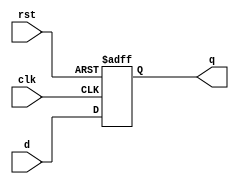
//
// Copyright 1991-2015 Mentor Graphics Corporation
//
// All Rights Reserved.
//
// THIS WORK CONTAINS TRADE SECRET AND PROPRIETARY INFORMATION WHICH IS THE PROPERTY OF 
// MENTOR GRAPHICS CORPORATION OR ITS LICENSORS AND IS SUBJECT TO LICENSE TERMS.
//   

// D flipflop with positive edge clock and
// high asynchronous reset

module dff (d, rst, clk, q);

  input d;
  input rst;
  input clk;
  output q;
  reg q;

  // events of interest are when either the clock or reset pin
  // go high
  
  always @(posedge clk or posedge rst)
  begin

     // handle asynchronous reset -- reset when rst is high
  
    if (rst)
      q = 1'b0;
      
    // handle clock edge  
      
    else
      q = d;
  end
endmodule

// 2 to 1 mux

module mux (a, b, sel, y);

  // input declarations
  
  input a;
  input b;
  input sel;
  
  // output declarations
  
  output y;
  
  assign y = sel ? b : a;
  
endmodule


// Binary counter structural example using the dff above
// plus standard gate primitives

module cntr_struct (d, ld, rst, clk, q);

  // input declarations

  input ld;
  input rst;
  input clk;
  input [3:0] d;
  
  // output declarations
  
  output [3:0] q;
  
  // wires
  
  wire  d0int;
  wire  d1int;
  wire  d2int;
  wire  d3int;
  wire  q0n;
  wire  q2n;
  wire  p1;
  wire  p2;
  wire  p3;
  wire  p4;
  wire  p5;
  wire  p6;
  wire  p7;
  wire  sel0;
  wire  sel1;
  wire  sel2;
  wire  sel3;
  
  // structure
  // output flipflops
  
  dff  dff0(sel0, rst, clk, q[0]);
  dff  dff1(sel1, rst, clk, q[1]);
  dff  dff2(sel2, rst, clk, q[2]);
  dff  dff3(sel3, rst, clk, q[3]);
  
  // bit 0 of output ff - d input
  
  not  dforq0(d0int, q[0]);
  mux  mux0(d0int, d[0], ld, sel0);
  
  // bit 1 of output ff - d input
  
  xor  dforq1(d1int, q[0], q[1]);
  mux  mux1(d1int, d[1], ld, sel1);
  
  // bit 2 of output ff - d input
  
  not  notq0(q0n, q[0]);
  and  andp1(p1, q0n, q[2]);
  xor  xorq1q2(p2, q[1], q[2]);
  and  andp3(p3, p2, q[0]);
  or   dforq2(d2int, p1, p3);
  mux  mux2(d2int, d[2], ld, sel2);

  // bit 3 of output ff - d input
  
  not  notq2(q2n, q[2]);
  and  andp4(p4, q0n, q[3]);
  and  andp5(p5, q2n, q[3]);
  xor  xorq1q3(p6, q[1], q[3]);
  and  andp7(p7, p6, q[0], q[2]);
  or   dforq3(d3int, p4, p5, p7); 
  mux  mux3(d3int, d[3], ld, sel3);
 
endmodule